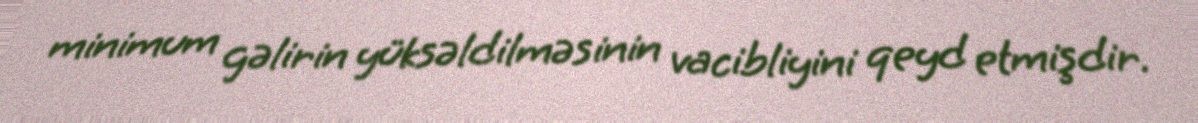
minimum gəlirin yüksəldilməsinin vacibliyini qeyd etmişdir.